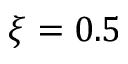
\xi = 0 . 5